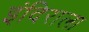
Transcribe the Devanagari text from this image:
इंदिराला